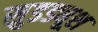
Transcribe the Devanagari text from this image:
सुडड्यूश